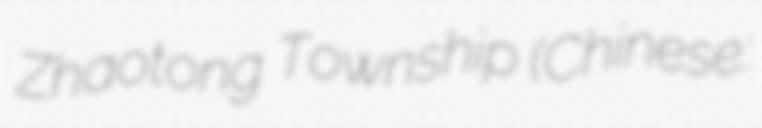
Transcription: Zhaotong Township (Chinese: